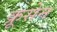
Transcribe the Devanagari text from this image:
क्रूसेन